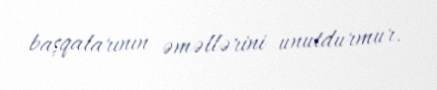
başqalarının əməllərini unutdurmur.